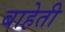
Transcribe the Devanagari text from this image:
बाहेती